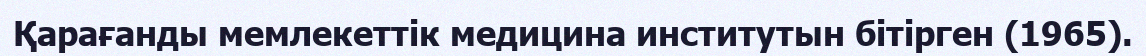
Қарағанды мемлекеттік медицина институтын бітірген (1965).